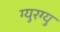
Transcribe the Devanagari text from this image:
ग्युरग्यु